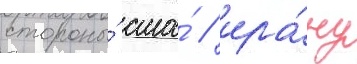
стороны́ сша́ / ира́ну